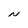
Character: N